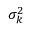
\sigma _ { k } ^ { 2 }